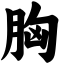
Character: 胸